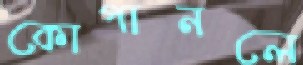
কোপানলে